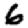
Digit: 6